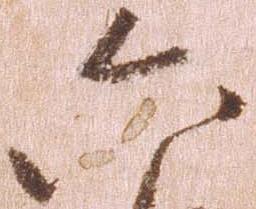
六